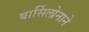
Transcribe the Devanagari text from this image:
बार्सिलोनाने